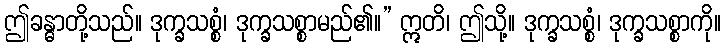
ဤခန္ဓာတို့သည်။ ဒုက္ခသစ္စံ၊ ဒုက္ခသစ္စာမည်၏။” ဣတိ၊ ဤသို့။ ဒုက္ခသစ္စံ၊ ဒုက္ခသစ္စာကို။